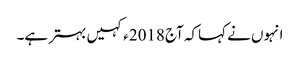
انہوں نے کہاکہ آج 2018ء کہیں بہتر ہے۔